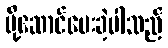
ပို့ဆောင်ပေးခဲ့ပါသည်